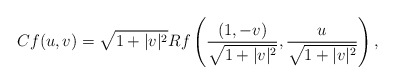
\begin{align*}Cf(u,v)=\sqrt{1+|v|^2}Rf\left(\frac{(1,-v)}{\sqrt{1+|v|^2}},\frac u{\sqrt{1+|v|^2}}\right),\end{align*}